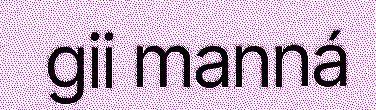
gii manná